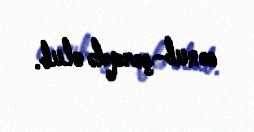
cənub-şərqdə olub.